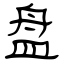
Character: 盘